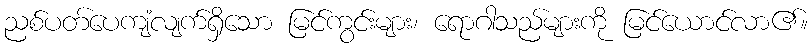
ညစ်ပတ်ပေကျံလျက်ရှိသော မြင်ကွင်းများ၊ ရောဂါသည်များကို မြင်ယောင်လာ၏။